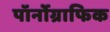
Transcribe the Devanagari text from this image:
पॉर्नोग्राफिक